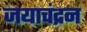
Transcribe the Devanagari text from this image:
जयाचंद्रन